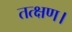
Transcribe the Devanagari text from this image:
तत्क्षण।